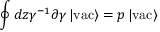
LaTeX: \oint d z \gamma ^ { - 1 } \partial \gamma \left| \mathrm { v a c } \right> = p \left| \mathrm { v a c } \right>